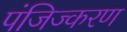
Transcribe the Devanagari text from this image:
पंजिज्करण